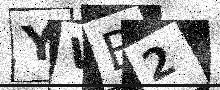
Text: YVB2